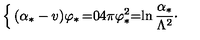
\left\{ \begin{matrix} { ( \alpha _ { * } - v ) \varphi _ { * } } & { = } & { 0 } \\ { 4 \pi \varphi _ { * } ^ { 2 } } & { = } & { \displaystyle \ln { \frac { \alpha _ { * } } { \Lambda ^ { 2 } } } \cdotp } \\ \end{matrix} \right.